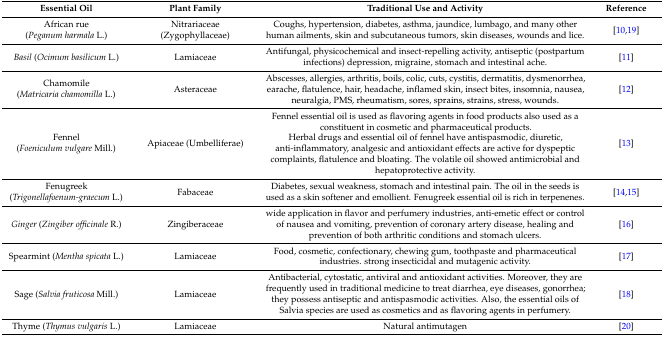
<table><thead><tr><td><b>Essential Oil</b></td><td><b>Plant Family</b></td><td><b>Traditional Use and Activity</b></td><td><b>Reference</b></td></tr></thead><tbody><tr><td>African rue(<i>Peganum harmala</i> L.)</td><td>Nitrariaceae (Zygophyllaceae)</td><td>Coughs, hypertension, diabetes, asthma, jaundice, lumbago, and many other human ailments, skin and subcutaneous tumors, skin diseases, wounds and lice.</td><td>[10,19]</td></tr><tr><td><i>Basil</i> (<i>Ocimum basilicum</i> L.)</td><td>Lamiaceae</td><td>Antifungal, physicochemical and insect-repelling activity, antiseptic (postpartum infections) depression, migraine, stomach and intestinal ache.</td><td>[11]</td></tr><tr><td>Chamomile (<i>Matricaria chamomilla</i> L.)</td><td>Asteraceae</td><td>Abscesses, allergies, arthritis, boils, colic, cuts, cystitis, dermatitis, dysmenorrhea, earache, flatulence, hair, headache, inflamed skin, insect bites, insomnia, nausea, neuralgia, PMS, rheumatism, sores, sprains, strains, stress, wounds.</td><td>[12]</td></tr><tr><td>Fennel (<i>Foeniculum vulgare</i> Mill.)</td><td>Apiaceae (Umbelliferae)</td><td>Fennel essential oil is used as flavoring agents in food products also used as a constituent in cosmetic and pharmaceutical products.Herbal drugs and essential oil of fennel have antispasmodic, diuretic, anti-inflammatory, analgesic and antioxidant effects are active for dyspeptic complaints, flatulence and bloating. The volatile oil showed antimicrobial and hepatoprotective activity.</td><td>[13]</td></tr><tr><td>Fenugreek (<i>Trigonellafoenum-graecum</i> L.)</td><td>Fabaceae</td><td>Diabetes, sexual weakness, stomach and intestinal pain. The oil in the seeds is used as a skin softener and emollient. Fenugreek essential oil is rich in terpenenes.</td><td>[14,15]</td></tr><tr><td><i>Ginger</i> (<i>Zingiber officinale</i> R.)</td><td>Zingiberaceae</td><td>wide application in flavor and perfumery industries, anti-emetic effect or control of nausea and vomiting, prevention of coronary artery disease, healing and prevention of both arthritic conditions and stomach ulcers.</td><td>[16]</td></tr><tr><td>Spearmint (<i>Mentha spicata</i> L.)</td><td>Lamiaceae</td><td>Food, cosmetic, confectionary, chewing gum, toothpaste and pharmaceutical industries. strong insecticidal and mutagenic activity.</td><td>[17]</td></tr><tr><td>Sage (<i>Salvia fruticosa</i> Mill.)</td><td>Lamiaceae</td><td>Antibacterial, cytostatic, antiviral and antioxidant activities. Moreover, they are frequently used in traditional medicine to treat diarrhea, eye diseases, gonorrhea; they possess antiseptic and antispasmodic activities. Also, the essential oils of Salvia species are used as cosmetics and as flavoring agents in perfumery.</td><td>[18]</td></tr><tr><td>Thyme (<i>Thymus vulgaris</i> L.)</td><td>Lamiaceae</td><td>Natural antimutagen</td><td>[20]</td></tr></tbody></table>